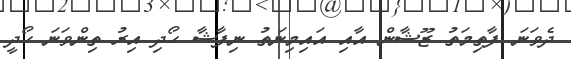
ދެވަނަ ފާތިމަތު ޒޫޝާން އާއި އައިމިނަތު ނިފާޝާ ހޯދި އިރު ތިންވަނަ ހޯދީ